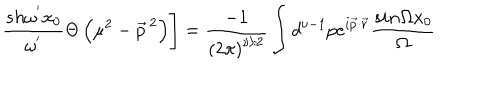
LaTeX: \left. \frac { s h { \omega } ^ { ' } x _ { 0 } } { { \omega } ^ { ' } } \Theta \left( { \mu } ^ { 2 } - { \vec { p } } ^ { \, 2 } \right) \right] = \frac { - 1 } { \left( 2 \pi \right) ^ { \nu / 2 } } \int d ^ { \nu - 1 } p e ^ { i \vec { p } \cdot \vec { r } } \frac { s i n \Omega x _ { 0 } } { \Omega }